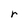
Character: r